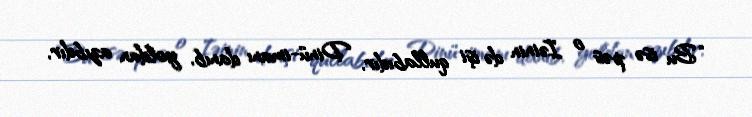
“Bu isə pəs o Iəinin də işi qullabıdır, Dinü-imanı danıb, yoldan azıbdır,